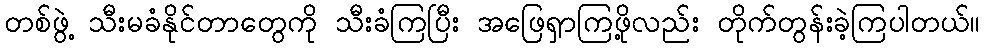
တစ်ဖွဲ့ သီးမခံနိုင်တာတွေကို သီးခံကြပြီး အဖြေရှာကြဖို့လည်း တိုက်တွန်းခဲ့ကြပါတယ်။